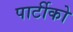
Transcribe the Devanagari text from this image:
पार्टीको